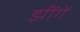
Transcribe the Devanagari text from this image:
झींगें